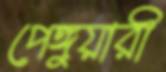
পেঙ্গুয়ারী